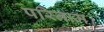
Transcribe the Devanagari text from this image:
परिनाम।